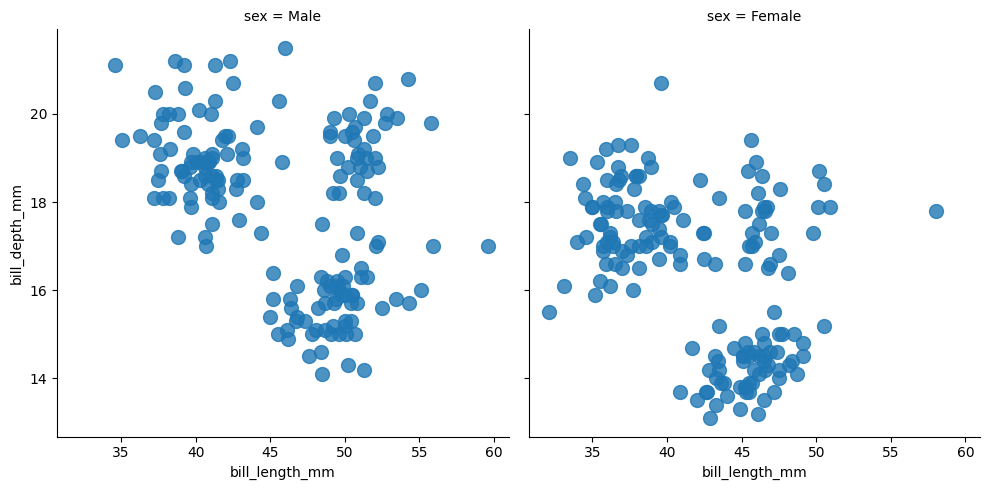
python, seaborn, lmplot, aspect=1.0, order=1, markers='o'